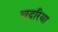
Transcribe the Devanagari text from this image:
चदरिया